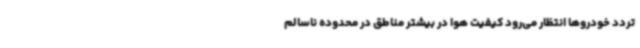
تردد خودروها انتظار می‌رود کیفیت هوا در بیشتر مناطق در محدوده ناسالم